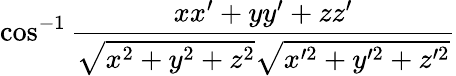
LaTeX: \cos^{-1}{\frac{xx^{\prime}+yy^{\prime}+zz^{\prime}}{{\sqrt{x^{2}+y^{2}+z^{2}}}{\sqrt{x^{\prime 2}+y^{\prime 2}+z^{\prime 2}}}}}